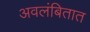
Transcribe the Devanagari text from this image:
अवलंबितात